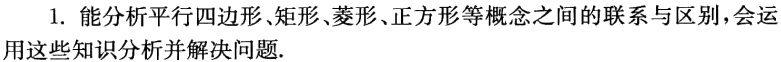
1. 能分析平行四边形、矩形、菱形、正方形等概念之间的联系与区别，会运用这些知识分析并解决问题.